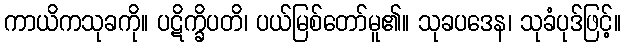
ကာယိကသုခကို။ ပဋိက္ခိပတိ၊ ပယ်မြစ်တော်မူ၏။ သုခပဒေန၊ သုခံပုဒ်ဖြင့်။